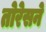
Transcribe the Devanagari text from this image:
तोरेसने